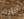
أثارة